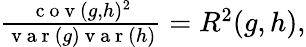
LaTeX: \begin{array}{r}{\frac{\mathrm{~c~o~v~}(g,h)^{2}}{\mathrm{~v~a~r~}(g)\mathrm{~v~a~r~}(h)}=R^{2}(g,h),}\end{array}